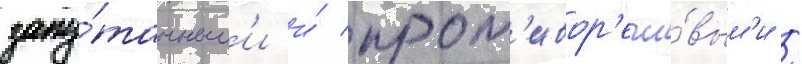
запу́танным'и и́ прот'ивор'ечи́вым'и /